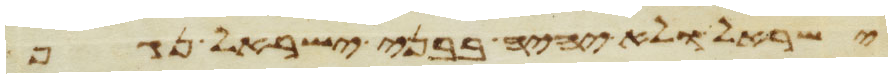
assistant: ישראל ולא יהיה בבני ישראל נגף